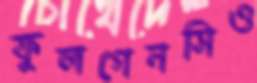
ফুলগেনসিও